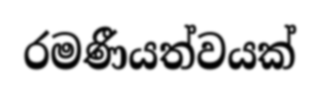
රමණීයත්වයක්